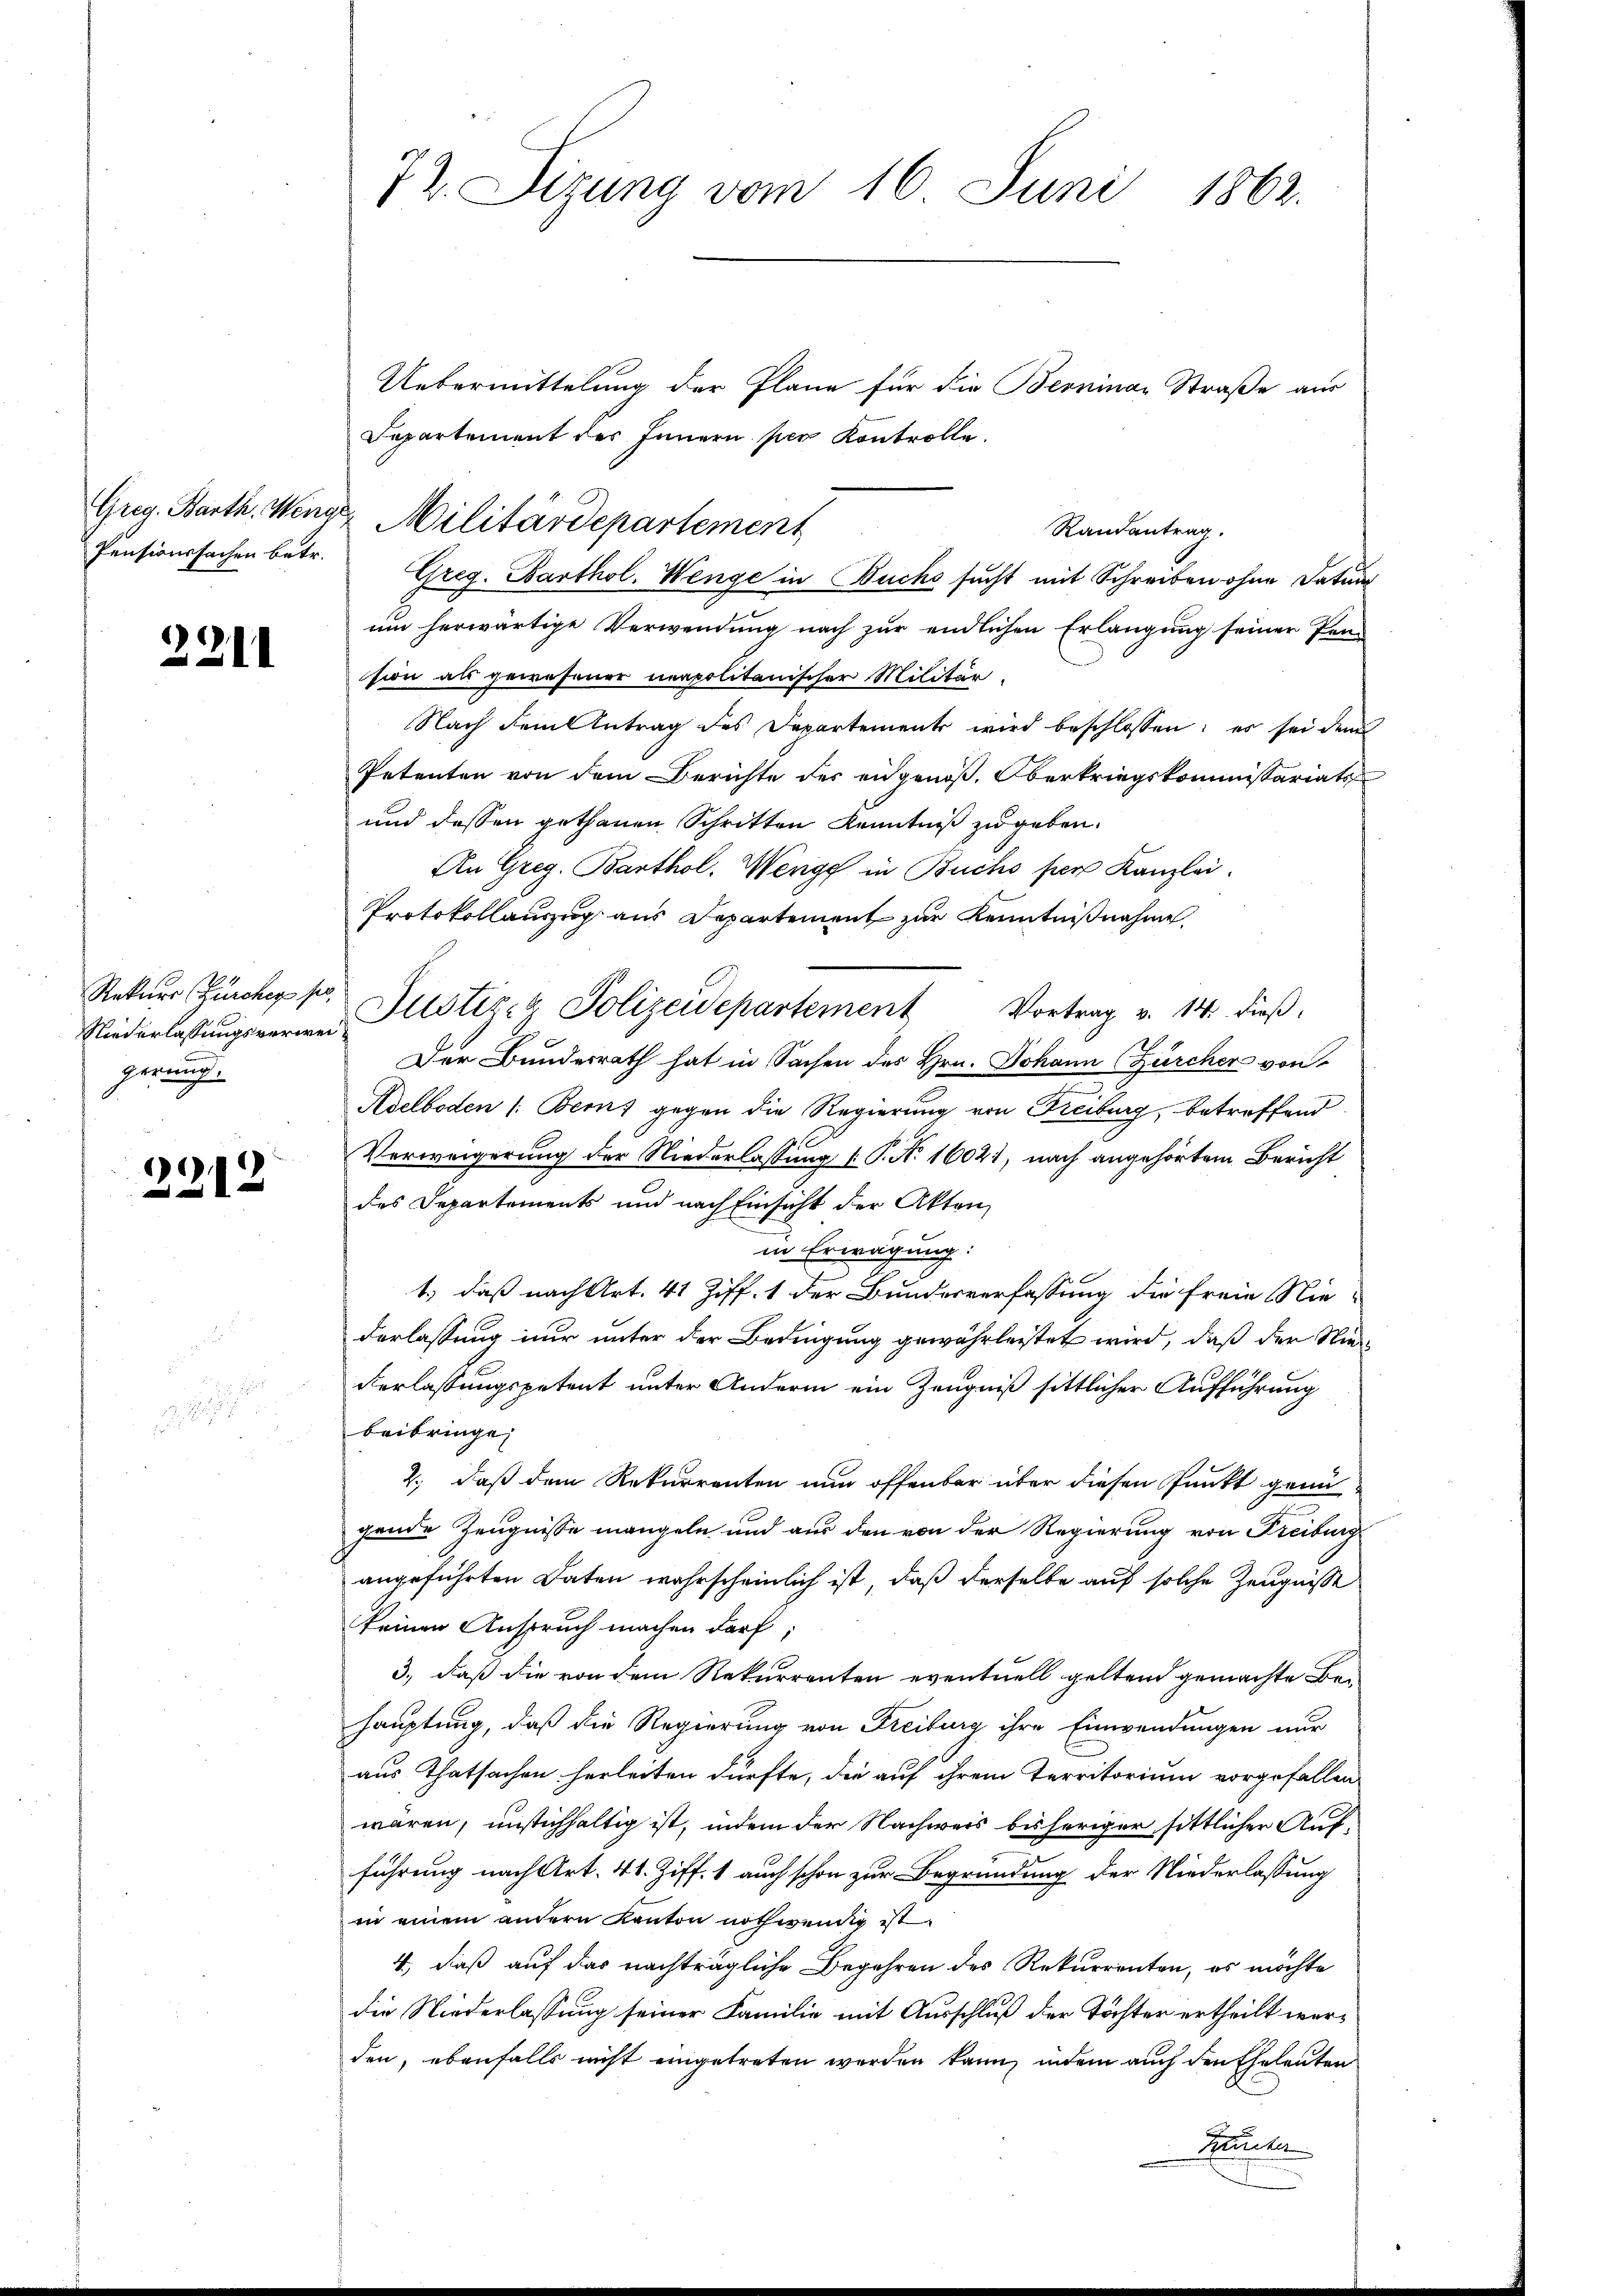
Pensionssachen betr.

2211

Rekurs Zürcher po
Niederlassungsverweigerung.

.
212

72. Sizung vom 16. Juni 1862.

Uebermittelung der Pläne für die Berninar Straße aus
Departement des Innern per Kontrolle.
um herwärtige Verwendung nach zur endlichen Erlangung seiner Prasion als gewesener neapolitanischer Militär.
Nach dem Antrag des Departement wird beschlossen; es sei dem
Petenten von dem Berichte des eidgenöß. Oberkriegskommissariats
und dessen gethanen Schritten Kenntniß zu geben.
An Greg. Barthol. Wenge in Buchs per Kanzlei.
Protokollauszug aus Departement zur Kenntnißnahme
Justiz- & Polizeidepartement Vortrag v. 14. dieß
Der Bundesrath hat in Sachen des Hrn. Johann Zürcher von
Adelboden /: Berns gegen die Regierung von Freiburg, betreffend
Verweigerung der Niederlassung l. P. N. 16021, nach angehörtem Bericht
des Departements und nach Einsicht der Akten,
in Erwägung:
1.) daß nach Art. 41 Ziff. 1 der Bundesverfassung die freie Nie-
derlassung nur unter der Bedingung gewährleistet wird, daß der Nie¬
Verlassungspetent unter Andern ein Zeugniß sittlicher Aufführung
beibringe
2., daß dem Rekurrenten nun offenbar über diesen Punkt genü
gende Zeugnisse mangeln und aus den von der Regierung von Freiburg
angeführten Daten wahrscheinlich ist, daß derselbe auf solche Zeugnisse
keinen Anspruch machen darf
3., daß die von dem Rekurrenten eventuell geltend gemachte Behauptung, daß die Regierung von Freiburg ihre Einwendungen nur
aus Thatsachen herleiten dürfte, die auf ihrem Territorium vorgefallen
waren, unstichhaltig ist, indem der Nachweis bisheriger sittlicher Aufführung nach Art. 41. Ziff. 1 auch schon zur Begründung der Niederlassung
in einem andern Kanton nothwendig ist
4., daß auf das nachträgliche Begehren des Rekurrenten, es möchte
die Niederlassung seiner Familie mit Ausschluß der Töchter ertheilt werden, ebenfalls nicht eingetreten werden kann, indem auch den Eheleuten
Tante

Greg. Barth. Wenge Militärdepartement
Randantrag.
Greg. Barthol. Wenge in Buchs sucht mit Schreiben ohne Datum